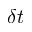
\delta t